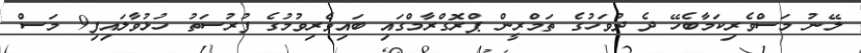
ލޭނު މަސްވެރިކަމާބެހޭ ދެ ދުވަހުގެ ތަމްރީން ޕްރޮގްރާމްގައި ބައިވެރިވުމުގެ ފުރުސަތު ހުޅުވާލައިފި9 މަސް